Report on vaccination in the Province of Bengal - 1874-1889
Year: 1874
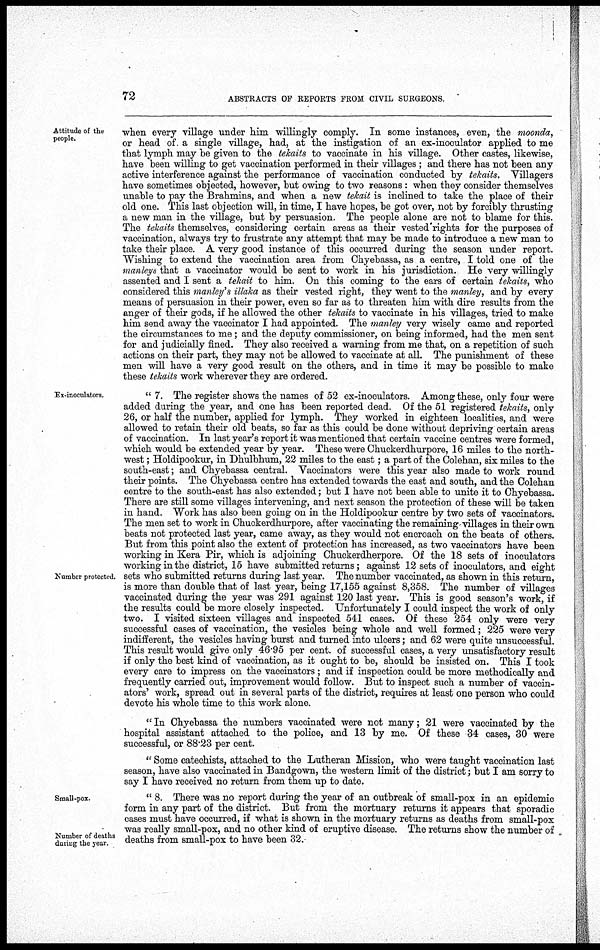
72
ABSTRACTS OF REPORTS FROM CIVIL SURGEONS.
Attitude of the
people.
when every village under him willingly comply. In some instances, even, the moonda,
or head of. a single village, had, at the instigation of an ex-inoculator applied to me
that lymph may be given to the tekaits to vaccinate in his village. Other castes, likewise,
have been willing to get vaccination performed in their villages; and there has not been any
active interference against the performance of vaccination conducted by tekaits. Villagers
have sometimes objected, however, but owing to two reasons: when they consider themselves
unable to pay the Brahmins, and when a new tekait is inclined to take the place of their
old one. This last objection will, in time, I have hopes, be got over, not by forcibly thrusting
a new man in the village, but by persuasion. The people alone are not to blame for this.
The tekaits themselves, considering certain areas as their vested rights for the purposes of
vaccination, always try to frustrate any attempt that may be made to introduce a new man to
take their place. A very good instance of this occurred during the season under report.
Wishing to extend the vaccination area from Chyebassa, as a centre, I told one of the
manleys that a vaccinator would be sent to work in his jurisdiction. He very willingly
assented and I sent a tekait to him. On this coming to the ears of certain tekaits, who
considered this manley's illaka as their vested right, they went to the manley, and by every
means of persuasion in their power, even so far as to threaten him with dire results from the
anger of their gods, if he allowed the other tekaits to vaccinate in his villages, tried to make
him send away the vaccinator I had appointed. The manley very wisely came and reported
the circumstances to me; and the deputy commissioner, on being informed, had the men sent
for and judicially fined. They also received a warning from me that, on a repetition of such
actions on their part, they may not be allowed to vaccinate at all. The punishment of these
men will have a very good result on the others, and in time it may be possible to make
these tekaits work wherever they are ordered.
Ex-inoculators.
Number protected.
"7. The register shows the names of 52 ex-inoculators. Among these, only four were
added during the year, and one has been reported dead. Of the 51 registered tekaits, only
26, or half the number, applied for lymph. They worked in eighteen localities, and were
allowed to retain their old beats, so far as this could be done without depriving certain areas
of vaccination. In last year's report it was mentioned that certain vaccine centres were formed,
which would be extended year by year. These were Chuckerdhurpore, 16 miles to the north-
west ; Holdipookur, in Dhulbhum, 22 miles to the east; a part of the Colehan, six miles to the
south-east; and Chyebassa central. Vaccinators were this year also made to work round
their points. The Chyebassa centre has extended towards the east and south, and the Colehan
centre to the south-east has also extended; but I have not been able to unite it to Chyebassa.
There are still some villages intervening, and next season the protection of these will be taken
in hand. Work has also been going on in the Holdipookur centre by two sets of vaccinators.
The men set to work in Chuckerdhurpore, after vaccinating the remaining villages in their own
beats not protected last year, came away, as they would not encroach on the beats of others.
But from this point also the extent of protection has increased, as two vaccinators have been
working in Kera Pir, which is adjoining Chuckerdherpore. Of the 18 sets of inoculators
working in the district, 15 have submitted returns; against 12 sets of inoculators, and eight
sets who submitted returns during last year. The number vaccinated, as shown in this return,
is more than double that of last year, being 17,155 against 8,358. The number of villages
vaccinated during the year was 291 against 120 last year. This is good season's work, if
the results could be more closely inspected. Unfortunately I could inspect the work of only
two. I visited sixteen villages and inspected 541 cases. Of these 254 only were very
successful cases of vaccination, the vesicles being whole and well formed; 225 were very
indifferent, the vesicles having burst and turned into ulcers; and 62 were quite unsuccessful.
This result would give only 46.95 per cent. of successful cases, a very unsatisfactory result
if only the best kind of vaccination, as it ought to be, should be insisted on. This I took
every care to impress on the vaccinators ; and if inspection could be more methodically and
frequently carried out, improvement would follow. But to inspect such a number of vaccin-
ators' work, spread out in several parts of the district, requires at least one person who could
devote his whole time to this work alone.
" In Chyebassa the numbers vaccinated were not many; 21 were vaccinated by the
hospital assistant attached to the police, and 13 by me. Of these 34 cases, 30 were
successful, or 88.23 per cent.
" Some catechists, attached to the Lutheran Mission, who were taught vaccination last
season, have also vaccinated in Bandgown, the western limit of the district; but I am sorry to
say I have received no return from them up to date.
Small-pox.
Number of deaths
during the year.
" 8. There was no report during the year of an outbreak of small-pox in an epidemic
form in any part of the district. But from the mortuary returns it appears that sporadic
cases must have occurred, if what is shown in the mortuary returns as deaths from small-pox
was really small-pox, and no other kind of eruptive disease. The returns show the number of
deaths from small-pox to have been 32.